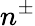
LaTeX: n^{\pm}